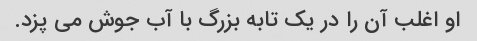
او اغلب آن را در یک تابه بزرگ با آب جوش می پزد.